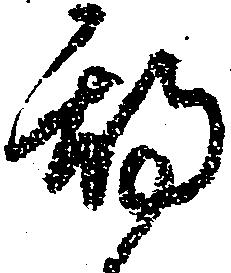
期